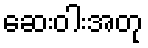
ဆေးဝါးအတု